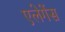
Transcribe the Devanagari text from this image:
एलेगेंस